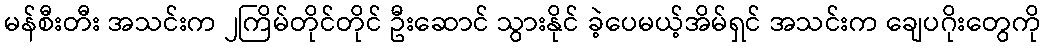
မန်စီးတီး အသင်းက ၂ကြိမ်တိုင်တိုင် ဦးဆောင် သွားနိုင် ခဲ့ပေမယ့်အိမ်ရှင် အသင်းက ချေပဂိုးတွေကို